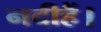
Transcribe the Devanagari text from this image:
नदीहैं।